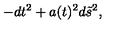
- d t ^ { 2 } + a ( t ) ^ { 2 } d \tilde { s } ^ { 2 } ,